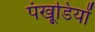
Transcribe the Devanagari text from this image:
पंखूडि़यों